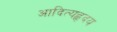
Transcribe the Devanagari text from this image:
आदित्यहृदय